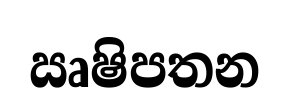
ඍෂිපතන